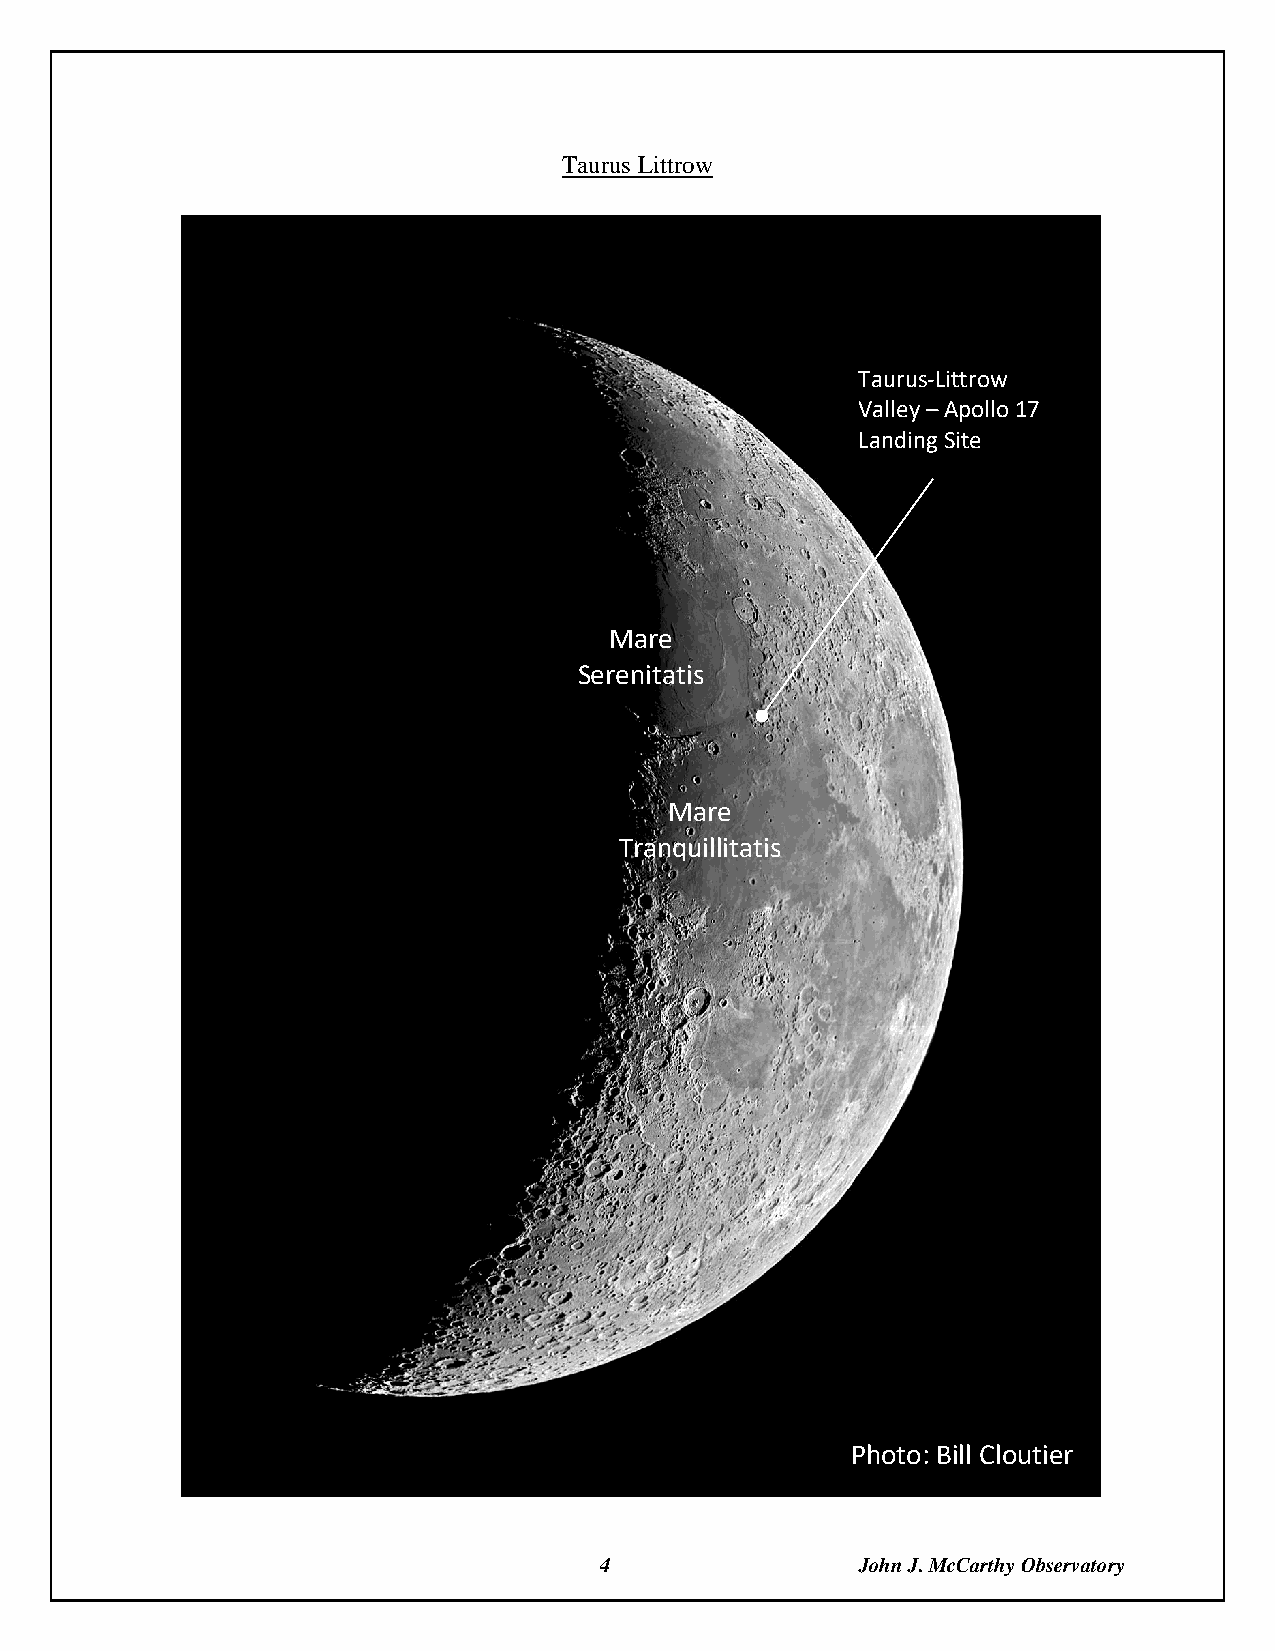
Taurus Littrow
 Taurus-Littrow
 Valley – Apollo 17
 Landing Site
 Mare
 Serenitatis
 Mare
 Tranquillitatis
 Photo: Bill Cloutier
 4                John J. McCarthy Observatory